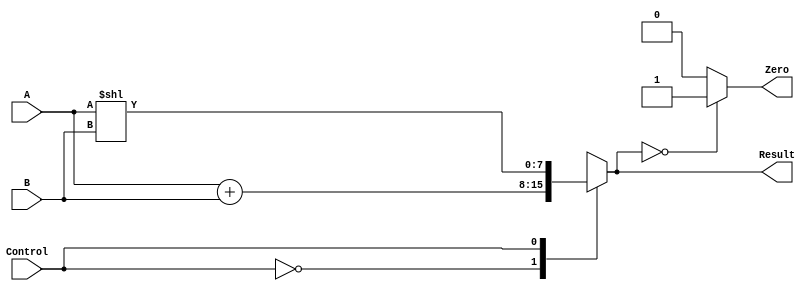
`timescale 1ns / 1ps
//////////////////////////////////////////////////////////////////////////////////
// Company: 
// Engineer: 
// 
// Design Name: 
// Module Name: ALU
// Project Name: 
// Target Devices: 
// Tool Versions: 
// Description: 
// 
// Dependencies: 
// 
// Revision:
// Revision 0.01 - File Created
// Additional Comments:
// 
//////////////////////////////////////////////////////////////////////////////////


module ALU(input [7:0] A, input [7:0] B, input Control, output reg [7:0] Result, output reg Zero);

always @ (A,B,Control)
begin
	case (Control)
	1'b0: Result = A + B;
	1'b1: Result = A << B;
	endcase
	if (Result == 0) Zero = 1; else Zero = 0;
end
endmodule